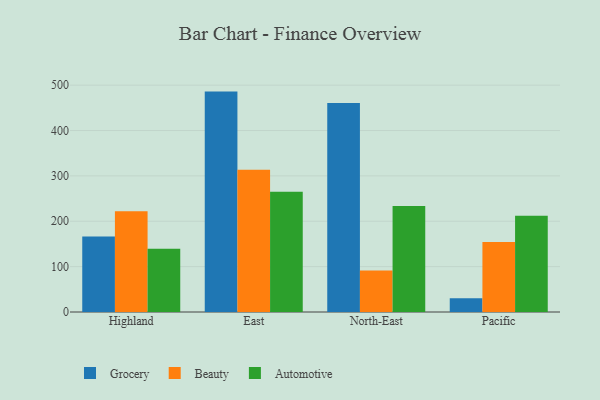
{"axis": {"x": "Region", "y": "Churn Rate (%)"}, "legend": ["Automotive", "Beauty", "Grocery"], "data": [{"x": "Highland", "y": 166.2, "type": "Grocery"}, {"x": "Highland", "y": 222.1, "type": "Beauty"}, {"x": "Highland", "y": 139.4, "type": "Automotive"}, {"x": "East", "y": 485.8, "type": "Grocery"}, {"x": "East", "y": 313.8, "type": "Beauty"}, {"x": "East", "y": 265.1, "type": "Automotive"}, {"x": "North-East", "y": 460.5, "type": "Grocery"}, {"x": "North-East", "y": 91.5, "type": "Beauty"}, {"x": "North-East", "y": 233.9, "type": "Automotive"}, {"x": "Pacific", "y": 30.4, "type": "Grocery"}, {"x": "Pacific", "y": 154.1, "type": "Beauty"}, {"x": "Pacific", "y": 212.2, "type": "Automotive"}]}